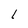
Character: l